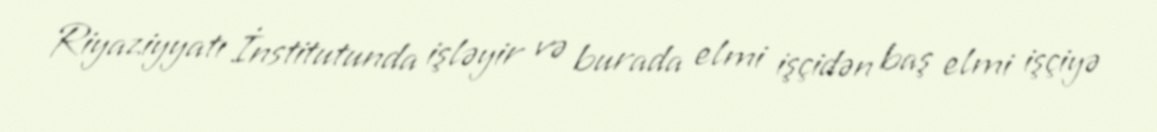
Riyaziyyatı İnstitutunda işləyir və burada elmi işçidən baş elmi işçiyə